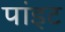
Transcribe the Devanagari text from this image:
पांइट